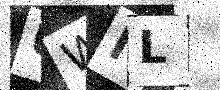
Text: UWNL